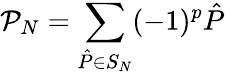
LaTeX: \mathcal{P}_{N}=\sum_{\hat{P}\in S_{N}}(-1)^{p}\hat{P}